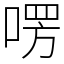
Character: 㗄